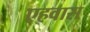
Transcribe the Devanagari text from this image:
एहवास